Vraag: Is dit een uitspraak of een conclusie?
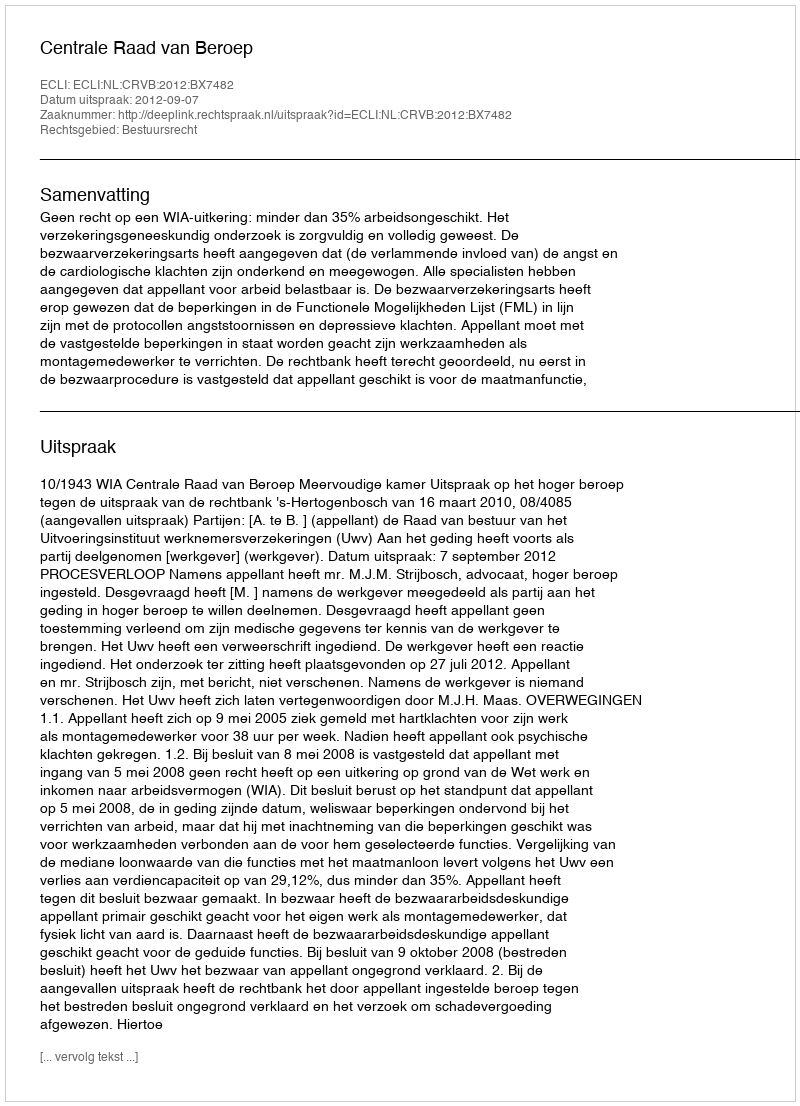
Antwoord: Uitspraak